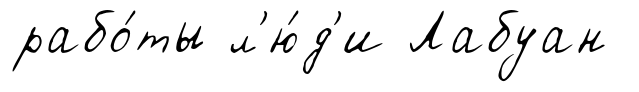
рабо́ты л'ю́д'и Лабуан